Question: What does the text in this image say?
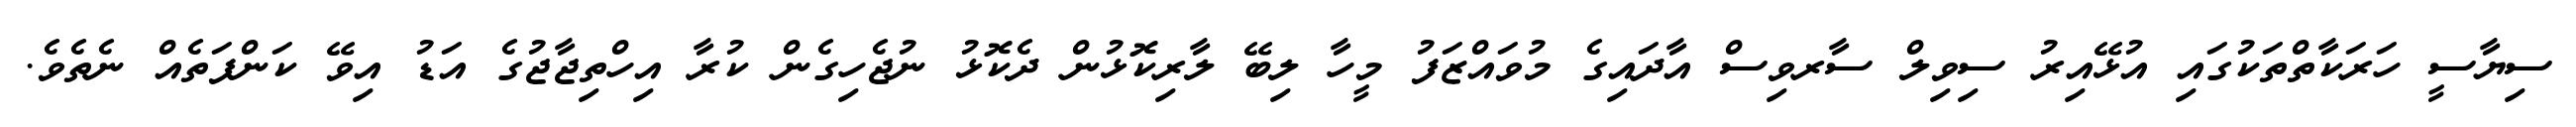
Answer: ސިޔާސީ ހަރަކާތްތަކުގައި އުޅޭއިރު ސިވިލް ސާރވިސް އާދައިގެ މުވައްޒަފު މީހާ ލިބޭ ލާރިކޮޅުން ދެކޮޅު ނުޖެހިގެން ކުރާ އިހްތިޖާޖުގެ އަޑު އިވޭ ކަންފަތެއް ނެތެވެ.